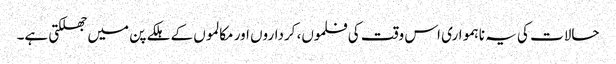
حالات کی یہ ناہمواری اس وقت کی فلموں، کرداروں اور مکالموں کے ہلکے پن میں جھلکتی ہے۔